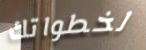
لخطواتك